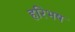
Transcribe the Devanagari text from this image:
हरिभष